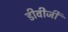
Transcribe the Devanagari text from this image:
डीवीजी